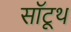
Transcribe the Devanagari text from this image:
सॉटूथ